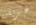
غريفن